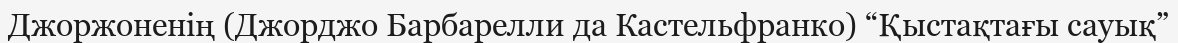
Джоржоненің (Джорджо Барбарелли да Кастельфранко) “Қыстақтағы сауық”